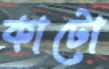
কাটো